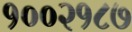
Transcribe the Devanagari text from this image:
१००२१८७